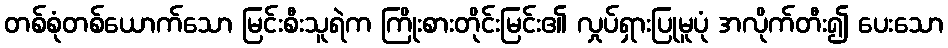
တစ်စုံတစ်ယောက်သော မြင်းစီးသူရဲက ကြိုးစားတိုင်းမြင်း၏ လှုပ်ရှားပြုမူပုံ အလိုက်တီး၍ ပေးသော